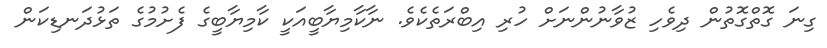
ގިނަ ގޮތްގޮތުން ދިވެހި ޒުވާނުންނަށް ހުރި އިބްރަތެކެވެ. ނާކާމިޔާބީއަކީ ކާމިޔާބީގެ ފެށުމުގެ ތަޅުދަނޑިކަން